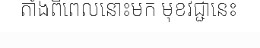
តាំងពីពេលនោះមក មុខវិជ្ជានេះ